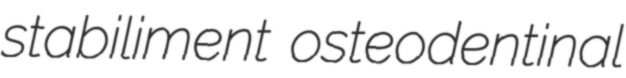
stabiliment osteodentinal